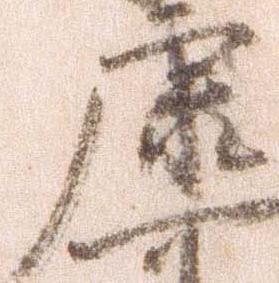
康